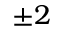
\pm 2